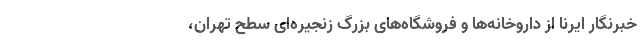
خبرنگار ایرنا از داروخانه‌ها و فروشگاه‌های بزرگ زنجیره‌ای سطح تهران،